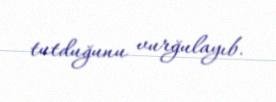
tutduğunu vurğulayıb.